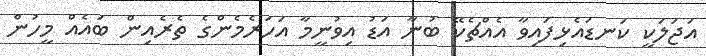
އަޖަލަކީ ކަނޑައެޅިފައިވާ އެއްޗެކޭ ބުނާ އަޑު އިވުނީމާ އަހަރެމެންގެ ތެރެއިން ބައެއް މީހުން